Indian journal of veterinary science and animal husbandry - Volumes 18-21, 1948-1951
Year: 1948
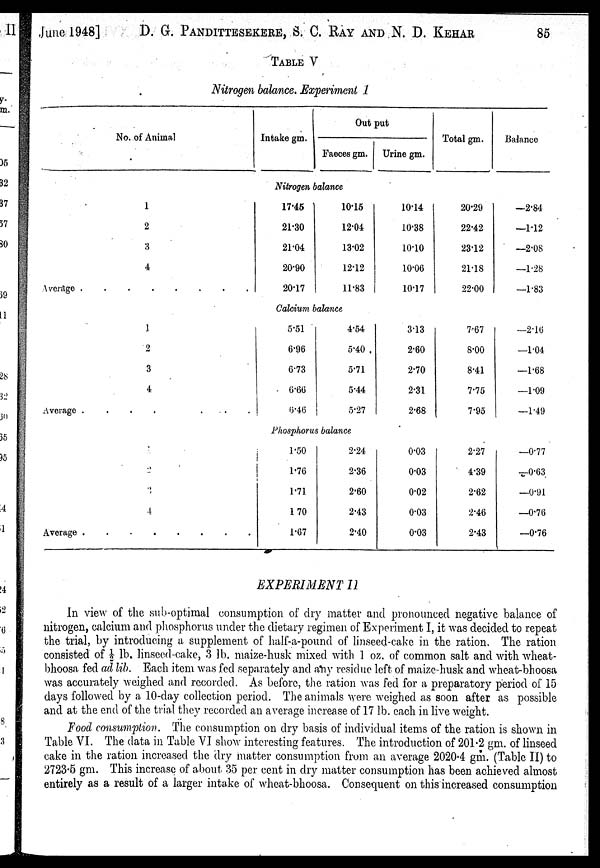
June 1948] D. G. PANDITTESEKERE, S. C. RAY AND N. D. KEHAR 85
TABLE V
Nitrogen balance. Experiment 1
No. of Animal
1
2
3
4
1
2
3
4
Average . . . . . . . .
1
2
3
4
Average . . . . . . . .
Intake gm.
Out put
Faeces gm.
Nitrogen balance
17.45
21.30
21.04
20'90
20.17
10.15
12.04
13.02
12.12
11.83
Calcium balance
5.51
6.96
6.73
6.66
6.46
4.54
5.40
5.71
5.44
5.27
Phosphorus balance
1.50
1.76
1.71
1.70
1.67
2.24
2.36
2.60
2.43
2.40
Urine gm.
10.14
10.38
10.10
10.06
10.17
3.13
2.60
2.70
2.31
2.68
0.03
0.03
0.02
0.03
0.03
Total gm.
20.29
22.42
23.12
21.18
22.00
7.67
8.00
8.41
7.75
7.95
2.27
4.39
2.62
2.46
2.43
Balance
—2.84
—1.12
—2.08
—1.28
—1.83
—2.16
—1.04
—1.68
—1.09
—1.49
—0.77
—0.63
—0.91
—0.76
—0.76
EXPERIMENT II
In view of the sub-optimal consumption of dry matter and pronounced negative balance of
nitrogen, calcium and phosphorus under the dietary regimen of Experiment I, it was decided to repeat
the trial, by introducing a supplement of half-a-pound of linseed-cake in the ration. The ration
consisted of ½ lb. linseed-cake, 3 lb. maize-husk mixed with 1 oz. of common salt and with wheat-
bhoosa fed ad lib. Each item was fed separately and any residue left of maize-husk and wheat-bhoosa
was accurately weighed and recorded. As before, the ration was fed for a preparatory period of 15
days followed by a 10-day collection period. The animals were weighed as soon after as possible
and at the end of the trial they recorded an average increase of 17 lb. each in live weight.
Food consumption. The consumption on dry basis of individual items of the ration is shown in
Table VI. The data in Table VI show interesting features. The introduction of 201.2 gm. of linseed
cake in the ration increased the dry matter consumption from an average 2020.4 gm. (Table II) to
2723.5 gm. This increase of about 35 per cent in dry matter consumption has been achieved almost
entirely as a result of a larger intake of wheat-bhoosa. Consequent on this increased consumption